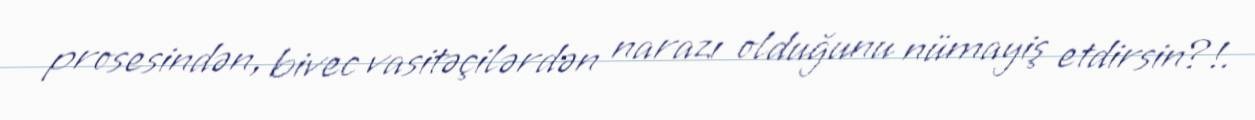
prosesindən, bivec vasitəçilərdən narazı olduğunu nümayiş etdirsin?!.